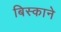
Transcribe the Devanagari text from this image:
बिस्काने